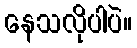
နေသလိုပါပဲ။